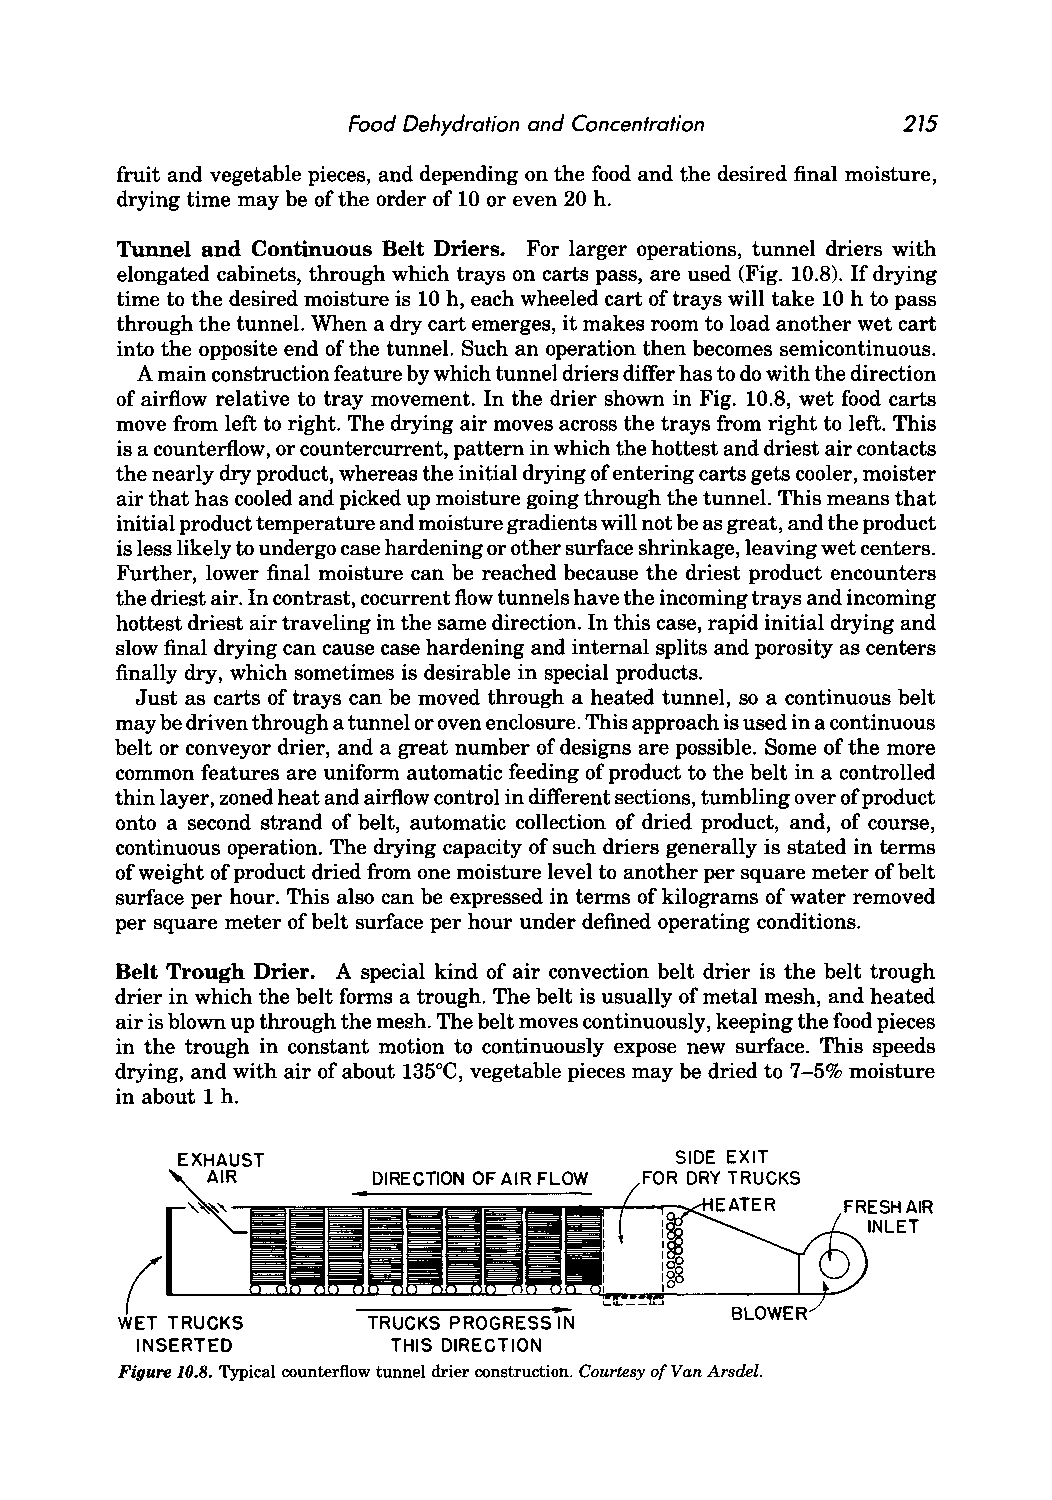
Food Dehydration and Concentration   275
 fruit and vegetable pieces, and depending on the food and the desired final moisture,
 drying time may be of the order of 10 or even 20 h.
 Tunnel and Continuous Belt Driers. For larger operations, tunnel driers with
 elongated cabinets, through which trays on carts pass, are used (Fig. 10.8). If drying
 time to the desired moisture is 10 h, each wheeled cart of trays will take 10 h to pass
 through the tunnel. When a dry cart emerges, it makes room to load another wet cart
 into the opposite end of the tunnel. Such an operation then becomes semicontinuous.
 A main construction feature by which tunnel driers differ has to do with the direction
 of airflow relative to tray movement. In the drier shown in Fig. 10.8, wet food carts
 move from left to right. The drying air moves across the trays from right to left. This
 is a counterflow, or countercurrent, pattern in which the hottest and driest air contacts
 the nearly dry product, whereas the initial drying of entering carts gets cooler, moister
 air that has cooled and picked up moisture going through the tunnel. This means that
 initial product temperature and moisture gradients will not be as great, and the product
 is less likely to undergo case hardening or other surface shrinkage, leaving wet centers.
 Further, lower final moisture can be reached because the driest product encounters
 the driest air. In contrast, cocurrent flow tunnels have the incoming trays and incoming
 hottest driest air traveling in the same direction. In this case, rapid initial drying and
 slow final drying can cause case hardening and internal splits and porosity as centers
 finally dry, which sometimes is desirable in special products.
 Just as carts of trays can be moved through a heated tunnel, so a continuous belt
 may be driven through a tunnel or oven enclosure. This approach is used in a continuous
 belt or conveyor drier, and a great number of designs are possible. Some of the more
 common features are uniform automatic feeding of product to the belt in a controlled
 thin layer, zoned heat and airflow control in different sections, tumbling over of product
 onto a second strand of belt, automatic collection of dried product, and, of course,
 continuous operation. The drying capacity of such driers generally is stated in terms
 of weight of product dried from one moisture level to another per square meter of belt
 surface per hour. This also can be expressed in terms of kilograms of water removed
 per square meter of belt surface per hour under defined operating conditions.
 Belt Trough Drier. A special kind of air convection belt drier is the belt trough
 drier in which the belt forms a trough. The belt is usually of metal mesh, and heated
 air is blown up through the mesh. The belt moves continuously, keeping the food pieces
 in the trough in constant motion to continuously expose new surface. This speeds
 drying, and with air of about 135°C, vegetable pieces may be dried to 7-5% moisture
 in about 1 h.
 SIDE EXIT
 DIRECTION OF AIR FLOW FOR DRY TRUCKS
 """"'--r--"d-II:.ATE R
 (~~~~.~                          ---'--f--"'
 WET TRUCKS      TRUCKS PROGRESS IN
 INSERTED         THIS DIRECTION
 Figure 10.8. Typical counterflow tunnel drier construction. Courtesy or Van Arsdel.